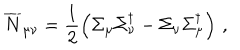
\overline { { { N } } } _ { \mu \nu } = \frac { 1 } { 2 } \left( \Sigma _ { \mu } \Sigma _ { \nu } ^ { \dagger } - \Sigma _ { \nu } \Sigma _ { \mu } ^ { \dagger } \right) \, ,